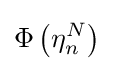
\Phi \left(\eta _{n}^{N}\right)